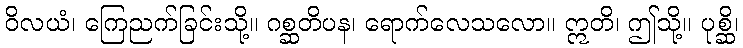
ဝိလယံ၊ ကြေညက်ခြင်းသို့။ ဂစ္ဆတိပန၊ ရောက်လေသလော။ ဣတိ၊ ဤသို့။ ပုစ္ဆိ၊